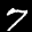
Label: 7